Report on sanitation, dispensaries, and jails in Rajputana for 1915, and on vaccination for the year 1915-1916 - 1915-1916
Year: 1915
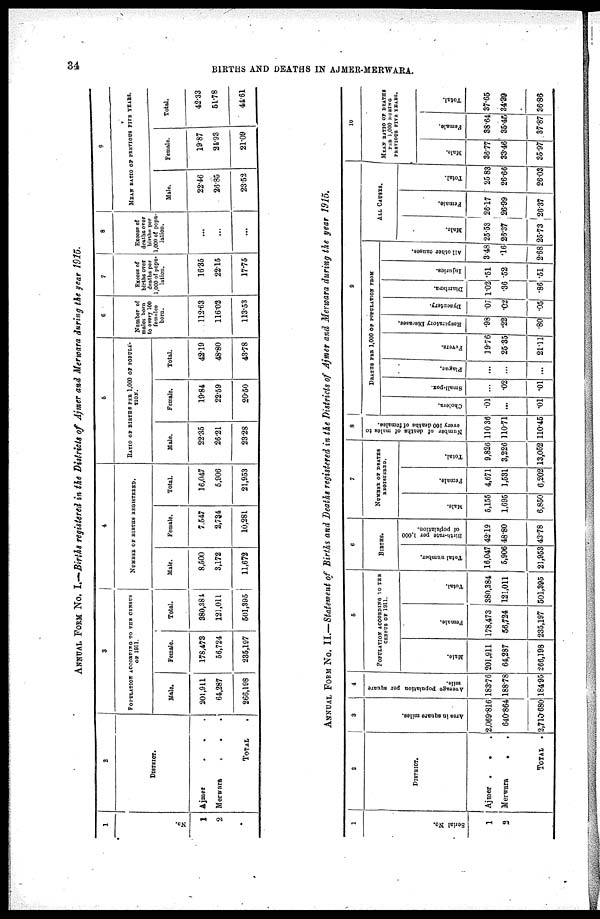
34
BIRTHS AND DEATHS IN AJMER-MERWARA.
ANNUAL FORM No. I.—Births registered in the Districts of Ajmer and Merwara during the year 1915.
1
No.
1
2
2
DISTRICT.
Ajmer . . .
Merwara
.
.
.
TOTAL .
3
POPULATION ACCORDING TO THE CENSUS
OF 1911.
Male.
201,911
64,287
266,198
Female.
178,473
56,724
235,197
Total.
380,384
121,011
501,395
4
NUMBER OF BIRTHS REGISTRRED.
Male.
8,500
3,172
11,672
Female.
7,547
2,734
10,281
Total.
16,047
5,906
21,953
5
RATIO OF BIRTHS PER 1,000 OF POPULA¬
TION.
Male.
22.35
26.21
23.28
Female.
19.84
22.59
20.50
Total.
42.19
48.80
43.78
6
Number of
males born
to every 100
females
born.
112.63
116.02
113.53
7
Excess of
births over
deaths per
1,000 of popu-
lation.
16.35
22.15
17.75
8
Excess of
deaths over
births per
1,000 of popu-
lation.
...
...
...
9
MEAN RATIO OF PREVIOUS FIVE YEARS.
Male.
22.46
26.85
23.52
Female.
19.87
24.93
21.09
Total.
42.33
51.78
44.61
ANNUAL FORM No. II.—Statement of Births and Deaths registered in the Districts of Ajmer and Merwara during the year 1915.
1
Serial No.
1
2
2
DISTRICT.
Ajmer .
. .
Merwara
. .
Total .
3
Area in square miles.
2,069.816
640.864
2,710.680
4
Average population per square
mile.
183.76
188.78
184.95
5
POPULATION ACCORDING TO THE
CENSUS OF 1911.
Male.
201,911
64,287
266,198
Female.
178,473
56,724
235,197
Total.
380,384
121,011
501,395
6
BIRTHS.
Total number.
16,047
5,906
21,953
Birth-rate per 1,000
of population.
42.19
48.80
43.78
7
NUMBER OF DEATHS
REGISTERED.
Male.
5,155
1,695
6,850
Female.
4,671
1,531
6,202
Total.
9,826
3,226
13,052
8
Number of deaths of males to
every 100 deaths of females.
110.36
110.71
110.45
9
DEATHS PER 1,000 OF POPULATION FROM
Cholera.
.01
...
.01
Small-pox.
...
.02
.01
Plague.
...
...
...
Fevere.
19.76
25.35
21.11
Respiratory Diseases.
.98
.22
.80
Dyaentery.
.07
.02
.05
Diarrhœa.
1.02
.36
.86
Injuries.
.51
.52
.51
All other causes.
3.48
.16
2.68
ALL CAUSES.
Male.
25.53
26.37
25.73
Female.
26.17
26.99
26.37
Total.
25.83
26.66
26.03
10
MEAN RATIO OF DEATHS
PER 1,000 DURING
PREVIOUS FIVE YEARS.
Male.
36.77
33.46
35.97
Female.
38.64
35.45
37.87
Total.
37.65
34.39
36.86